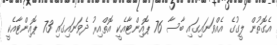
އެގޮތުން ލީގުގެ އެއްވަނައިގައި ބާސާ 76 ޕޮއިންޓާއެކީ އޮތްއިރު ދެވަނައިގައި 73 ޕޮއިންޓާއެކީ